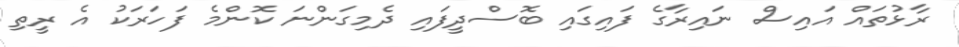
ރާޅުތައް އައިސް ނައިރާގެ ފައިގައި ބޮސްދީފައި ދެމިގަންނަ ކޮންމެ ފަހަރަކު އެ ރީތި